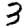
Digit: 3